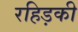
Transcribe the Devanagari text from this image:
रहिड़की